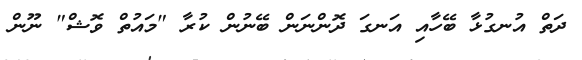
ދަތް އުނގުޅާ ބޭހާއި އަނގަ ދޮންނަން ބޭނުން ކުރާ "މައުތް ވޮޝް" ނޫން